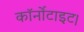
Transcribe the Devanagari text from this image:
कॉर्नोटाइट।